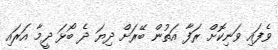
ވެފައި ވަނިކޮށް ރަފާ އަތުން ބޭރަށް ދިޔަ ދެ ބޯޅަ ދީމާ އަރައި